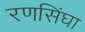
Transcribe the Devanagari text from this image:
रणसिंघा